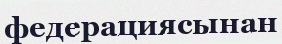
федерациясынан